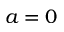
a = 0